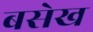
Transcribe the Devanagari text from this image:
बसेख